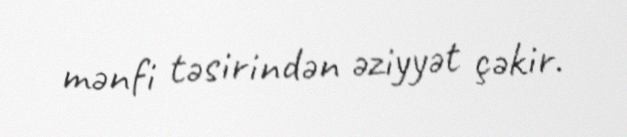
mənfi təsirindən əziyyət çəkir.